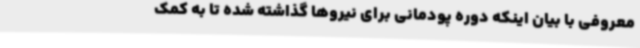
معروفی با بیان اینکه دوره پودمانی برای نیروها گذاشته شده تا به کمک